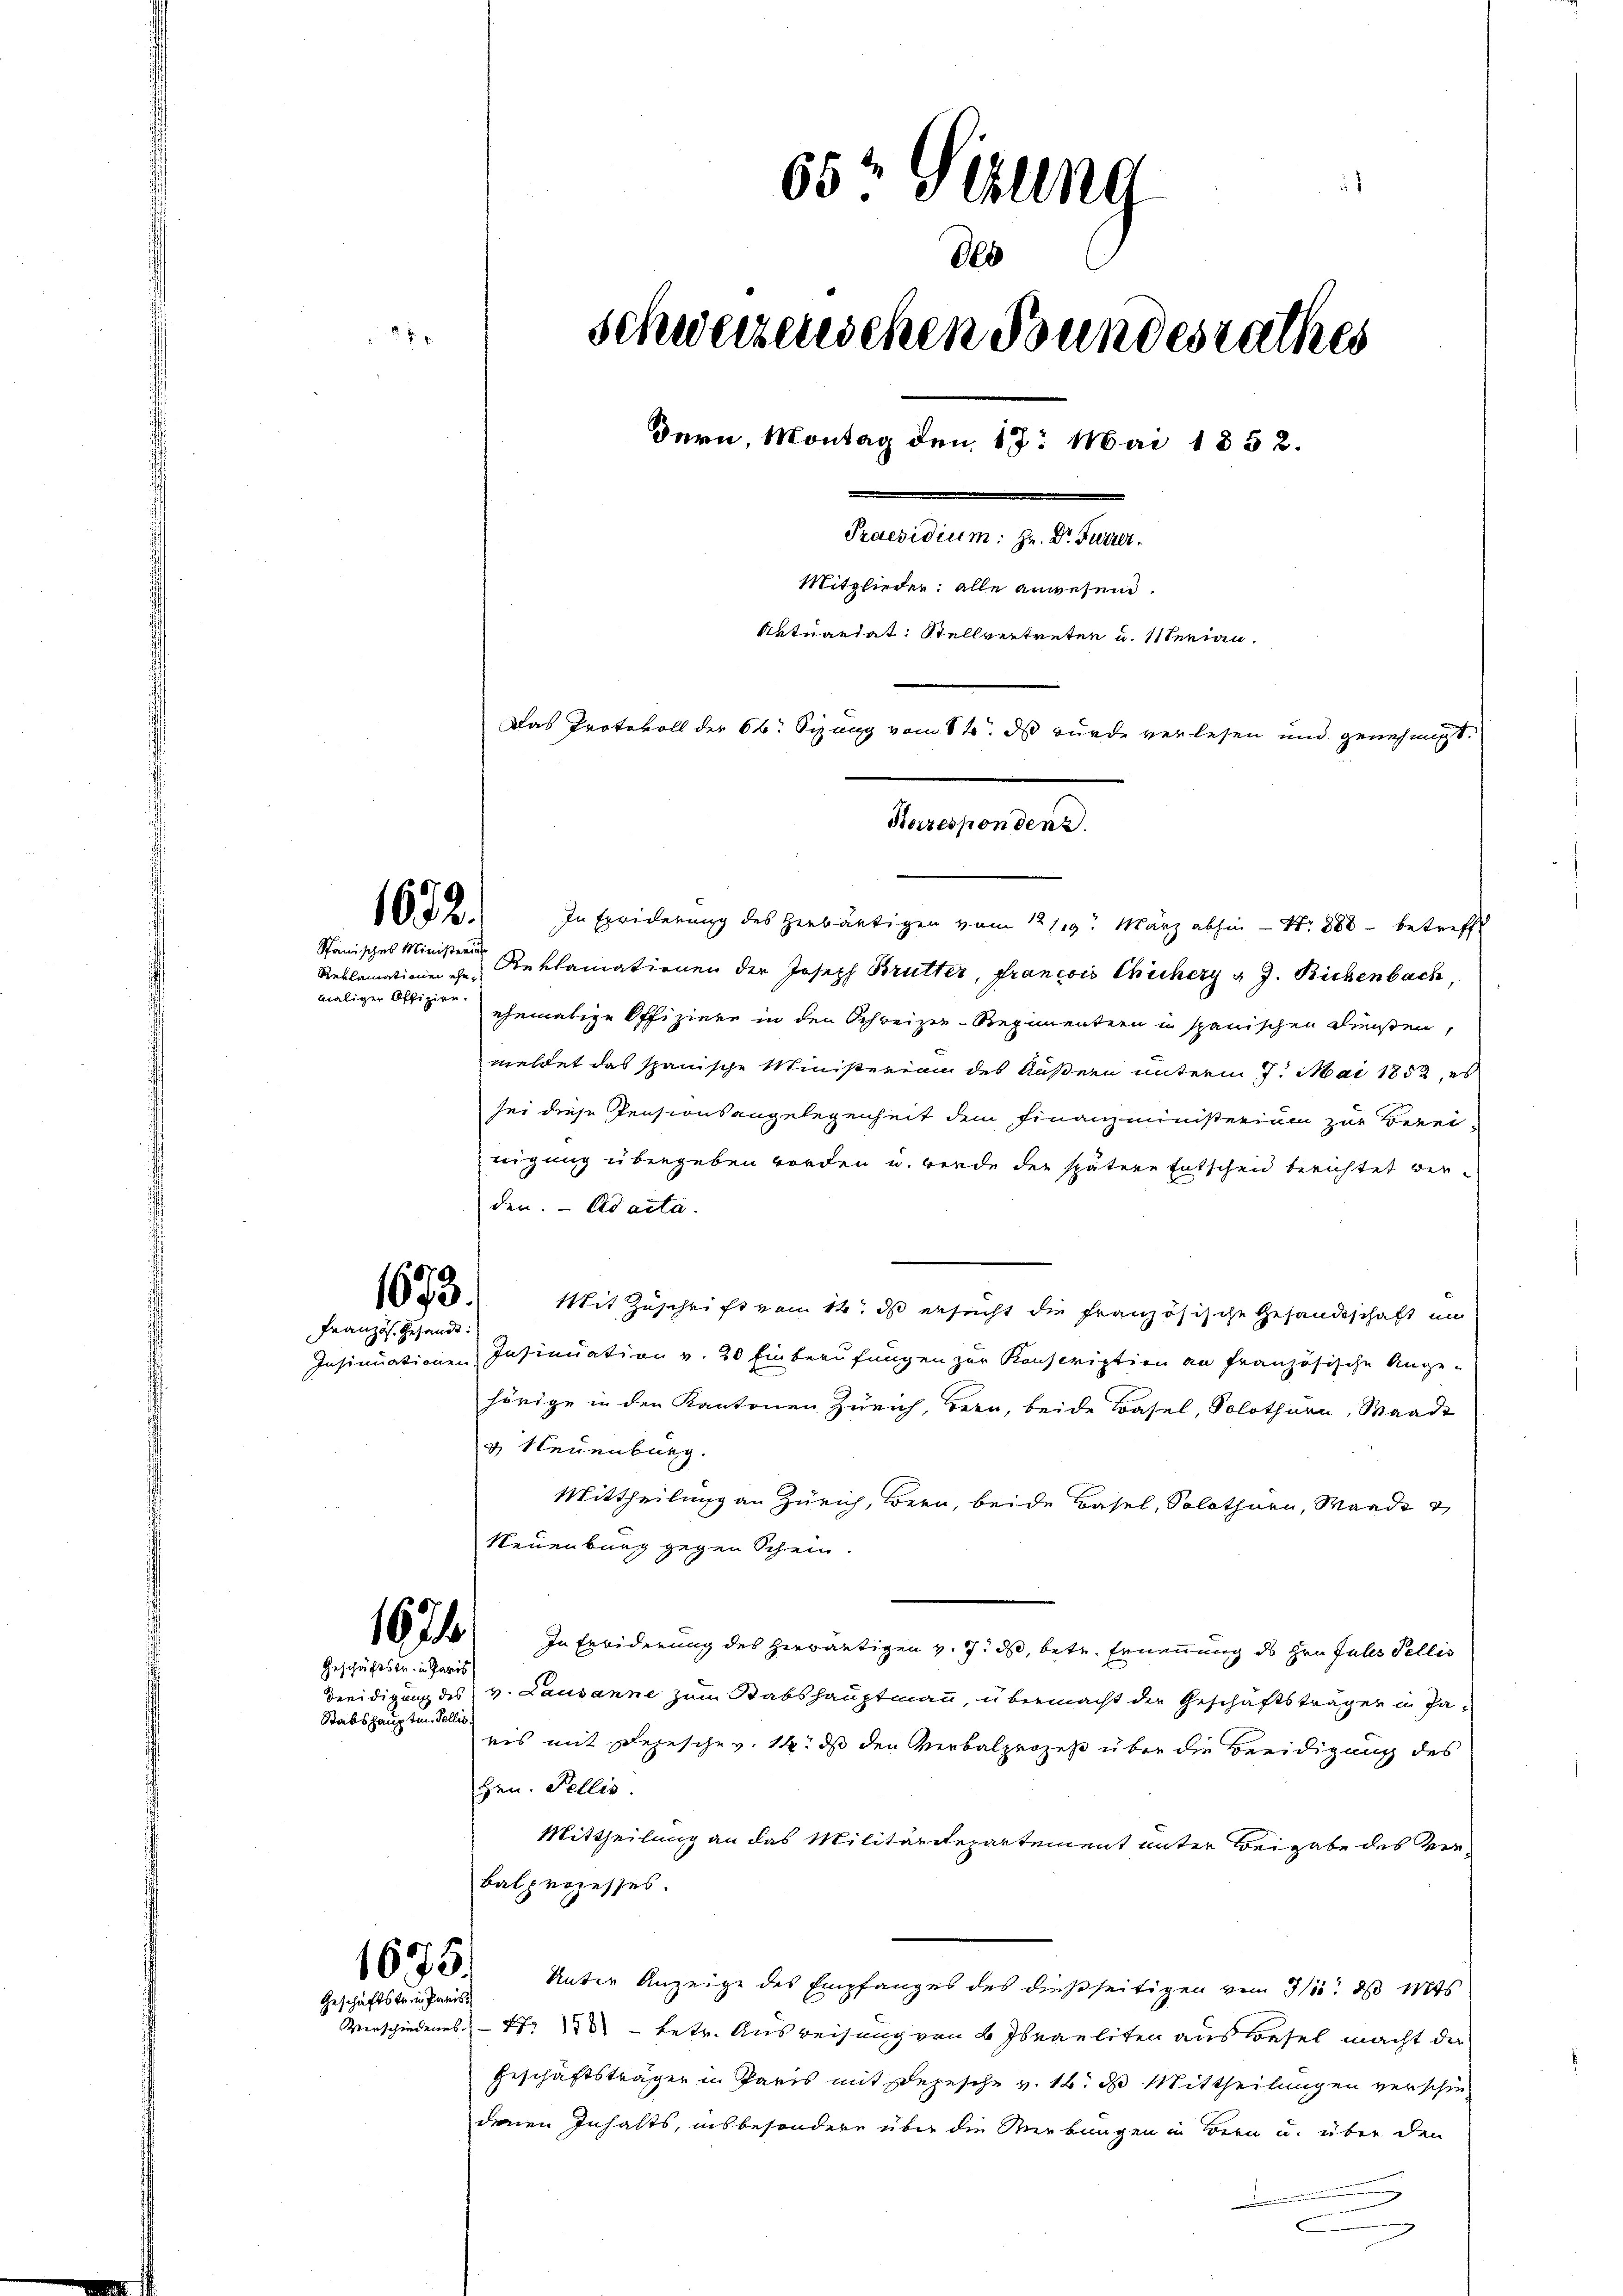
1672.

Spanisches Ministerius
Reklamationen ehemaligen Offizien.

1673.

Französ. Gesandt:

Geschäftstr. in Paris
Stabshauptm. Tellis.

Geschäftstr. in Paris

65 Sizung
des
Schweizerischen Bundesrathes
dern, Montag den 17. Mai 1852.
Praesidium: Hr. Dr Furrer.
Mitglieder: alle anwesend.
Natuariat: Stellvertreten u. 11 Senian.
Das Protokoll der 6. Sizung vom 8ten das wurde verlesen und genehmigt.
Herrespondenz

In Erwiderung des Herbäutigen vom 12/19. März abhin - Nr. 880 - betrefft
Reklamationen der Joseph Brütter, francois Chichery & J. Bichenbach,
ehemalige Offiziere in den Schreizer-Regimentern in spanischen Diensten,
meldet das spanische Ministerian des Äußern unterm 7. Mai 1852, es
sei diese Pensionsangelegenheit dem Finanzministerium zur Berei
nigung übergeben worden u. werde der spätere Entscheid berichtet werden. - Ad acta.
Mit Zuschrift vom 14. ds ersucht die französische Gesandtschaft in
Insinuationen Insinuation v. 20 Einberufungen zur Konscription an französische Ange-
hörige in den Kantonen Zürich, Bern, beide Basel, Solothurn, Waadt
v Neuenburg.
Mittheilung an Zürich, Bern, beide Basel, Solothurn, Waadt u
Neuenburg gegen Schein.
1681) In Erwiderung des herwärtigen v. 7. ds, betr. Ernennung des Hrn. Falls Tellis
Dreidigung des v. Lausanne zum Stabshauptmann, übermacht der Geschäftstrages in Paris mit Depesche v. 14. ds den Verbalprozeß über die Beeidigung des
Hrn. Pellis.
Mittheilung an das Militärdepartement unter Beigabe des Ver¬
Balprozesses.
638. Unter Anzeige des Empfanges des dießseitigen vom 31. d. Mts
Verschiedenes Nr 170 - betr. Ausweisung von 4 Israeliten aus Besel macht da
Geschäftsträger in Paris mit Depesche v. 18. ds Mittheilungen verschiedenen Inhalts, insbesondere über die Wirkungen in Bern u. über den